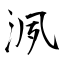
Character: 洬